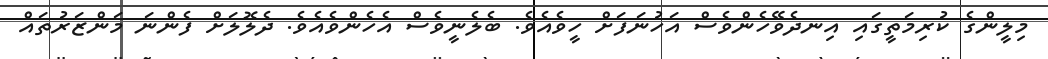
މިލީންގެ ކުރިމަތީގައި އިނދެވޭހެންވެސް އަހުނަފަށް ހީވެއެވެ. ބެލެނީވެސް އެހެންވެއެވެ. ދެލޮލަށް ފެންނަ މަންޒަރުތައް